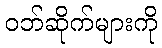
ဝဘ်ဆိုက်များကို